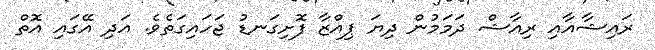
ރައިޝާއާއި ރިއާޝް ދަމަމުން ދިޔަ ޕިއްޒާ ފޮށިގަނޑު ޖަހައިގަތެވެ. އަދި އޭގައި އޮތް